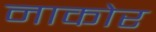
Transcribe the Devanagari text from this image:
नाकोर